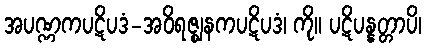
အပဏ္ဏကပဋိပဒံ-အဝိရဇ္ဈနကပဋိပဒံ၊ ကို။ ပဋိပန္နတ္တာပိ၊